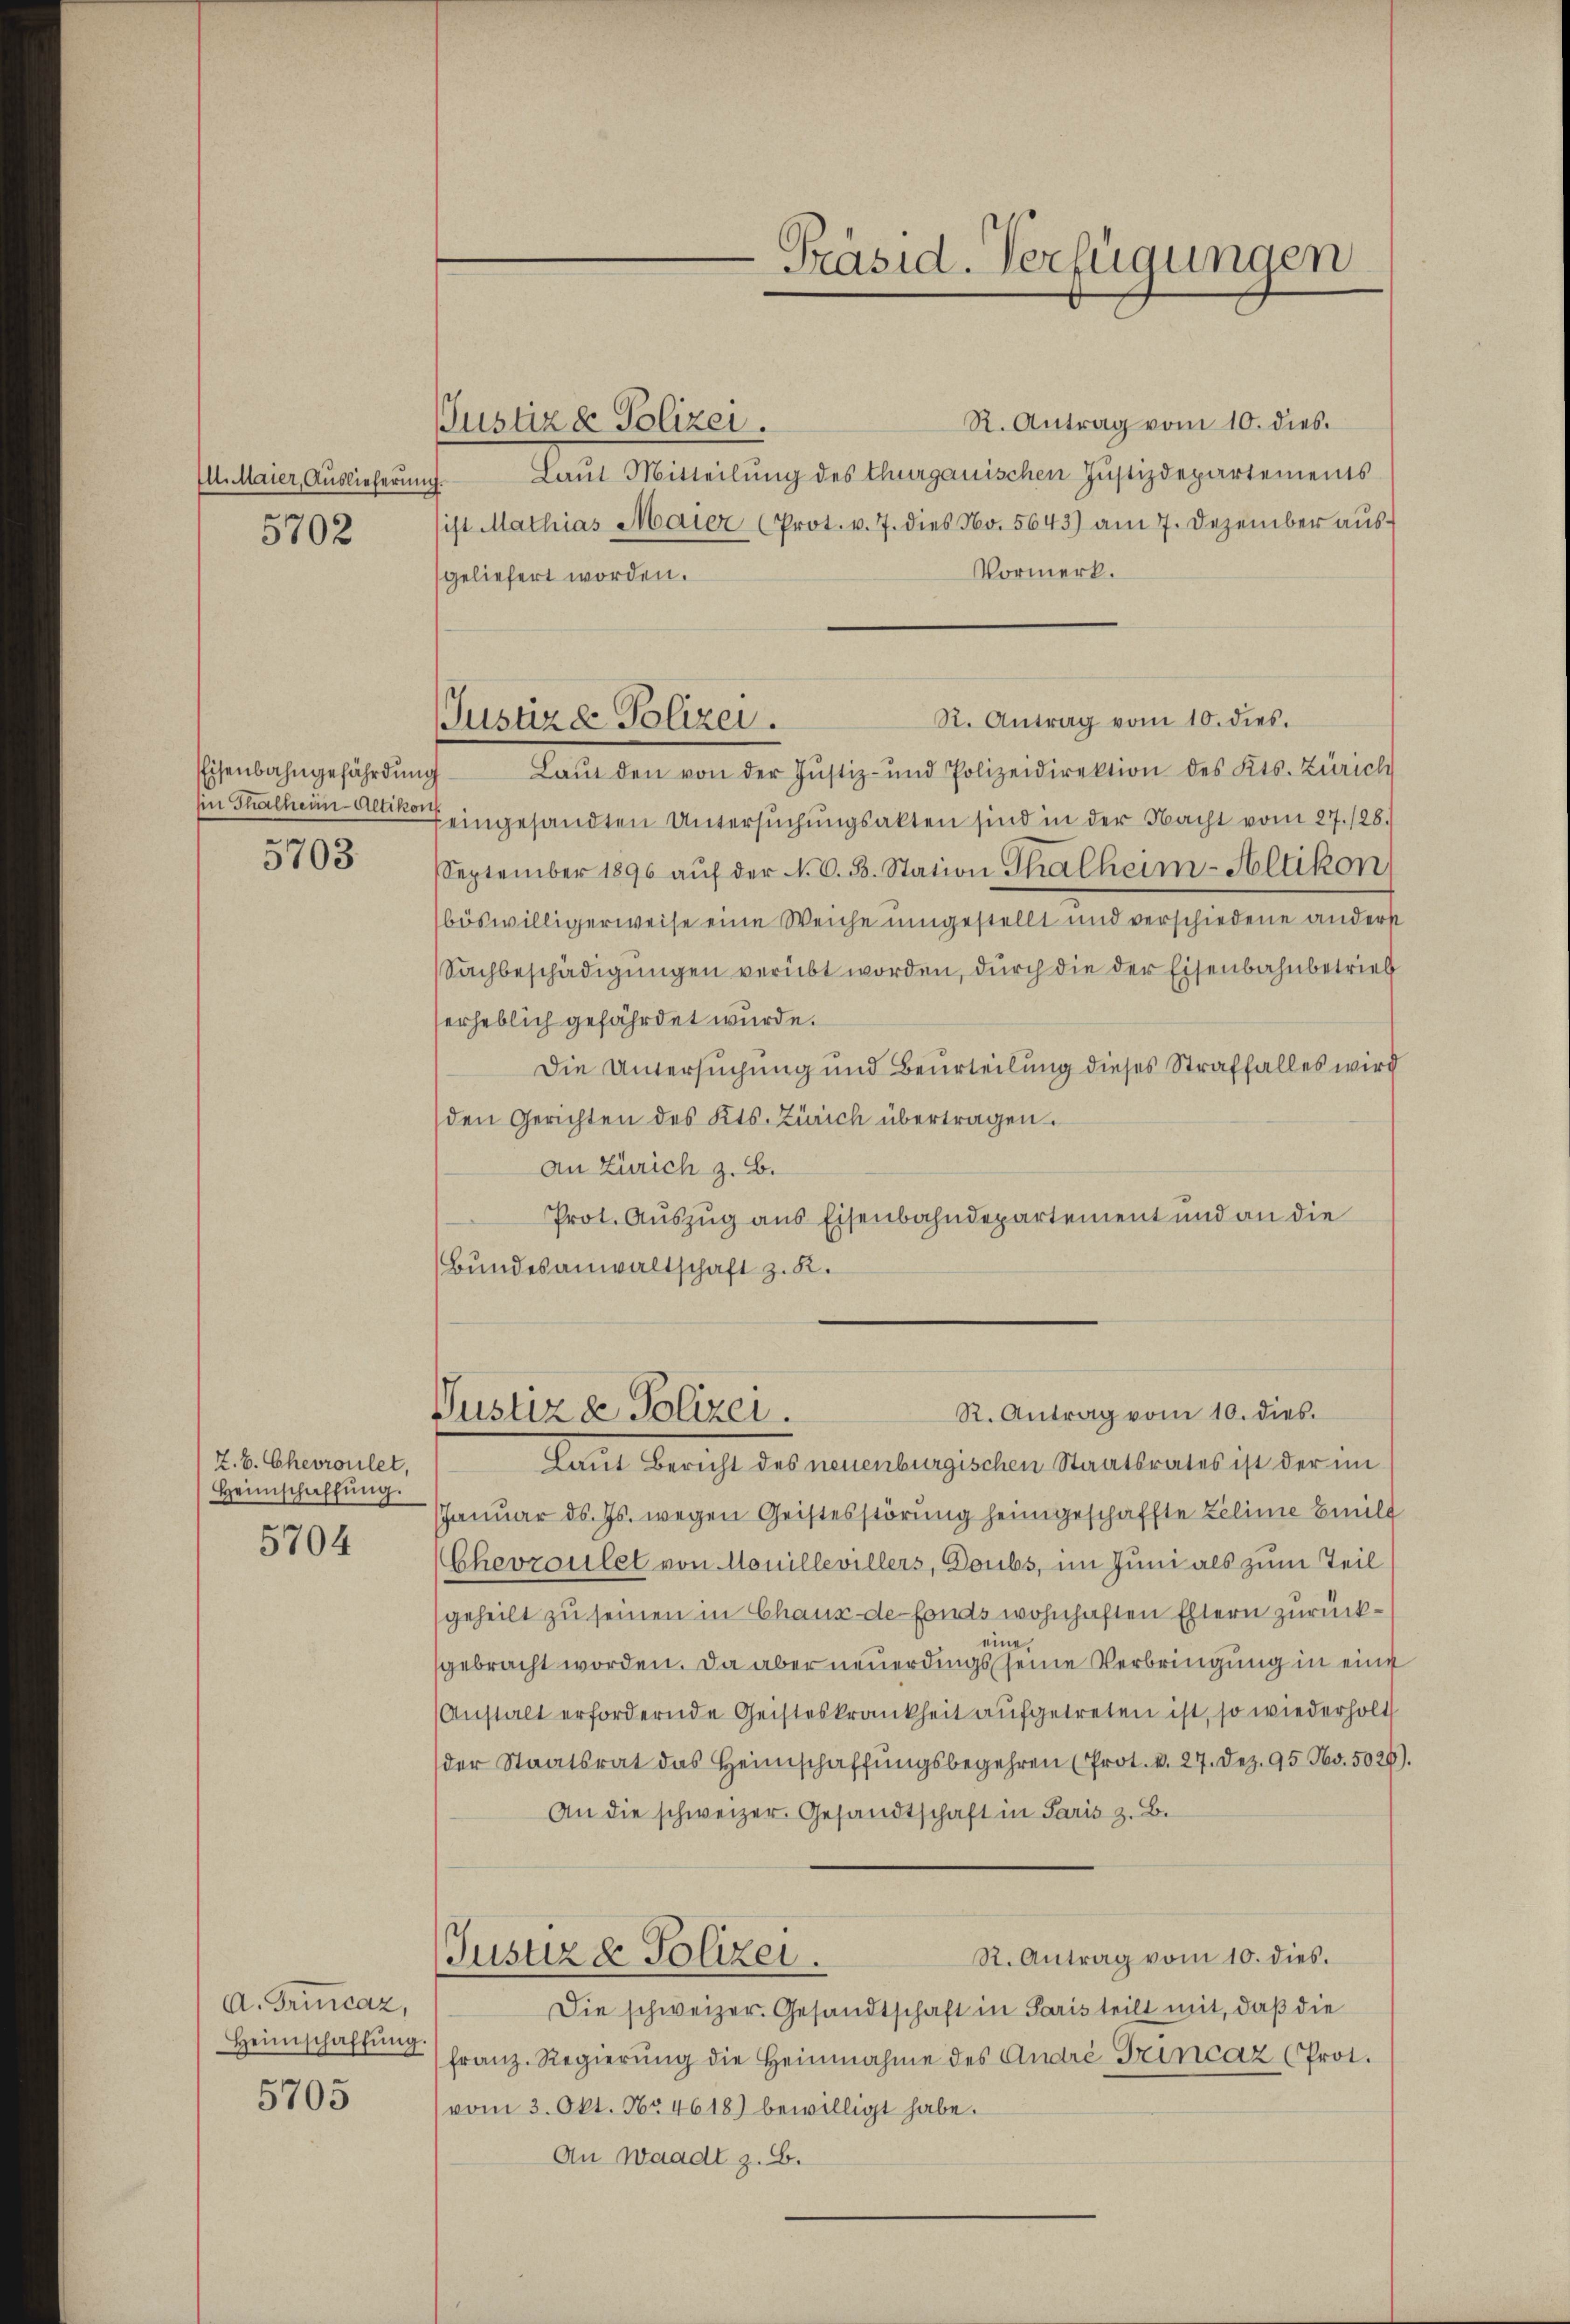
Ill. Maier, Auslieferung
5702

Eisenbahngefährdung

5703.

Z. B. Chevroulet,
Heimschaffung.
5704

A. Trincaz,
Heimschaffŭng
5705

R. Antrag vom 10. dies
Justiz & Polizei.
Laut Mitteilung des Thurgauischen Justizdepartements
.
sist Mathias Maier (Prot. v. 7. dies No. 5643) am 7. Dezember aŭs-
Vormerk.
geliefert worden.
Laŭt den von der Justiz- und Polizeidirektion des Kts. Zürich
Ein Thalheim Alter eingesandten Untersuchungsakten sind in der Nacht vom 27. 128.
September 1896 aŭf der N. O. B. Station Thalheim-Altikon
böswilligerweise eine Weiche umgestellt und verschiedene anderst
Sachbeschädigungen verübt worden, durch die der Eisenbahnbetrieb
erheblich gefährdet wurde.
Die Untersuchung und Beurteilung dieses Straffalles wird
den Gerichten des Kts. Zürich übertragen.
An Zürich z. B.
Prot. Auszug aus Eisenbahndepartement und an die
Bundesanwaltschaft z. B.

Präsid. Verfügungen

R. Antrag vom 10. dies.
Justize Polizei.

Justiz & Polizei.
Laut Bericht des neuenburgischen Staatsrates ist der im

R. Antrag vom 10. dies.

Januar d. Js. wegen Geistesstörung heimgeschaffte Zeline Beeilt
Chevzoulet von Monillevillers, Doubs, im Juni als zum Teil
geheilt zu seinen in Chaux de fonds wohnhaften Eltern zurückeine.
gebracht worden. Da aber neuerdings seine Verbringung in eine
Anstalt erfordernde Geisteskrankheit aufgetreten ist, so wiederholt
der Staatsrat das Heimschaffungsbegehren (Prot. v. 27. Dez. 95. No. 5026)
An die schweizer. Gesandtschaft in Paris z. B.
R. Antrag vom 10. dies.
Justiz & Polizei.
Die schweizer. Gesandtschaft in Paris teilt mit, daß die
franz. Regierŭng die Heinnahme des André Trincaz (Prot.
vom 3. Okt. 164618) bewilligt habe.
An Waadt z. B.